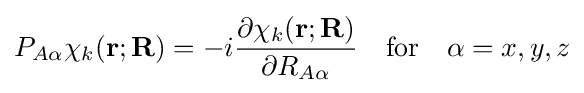
P_{A\alpha }\chi _{k}(\mathbf {r} ;\mathbf {R} )=-i{\frac {\partial \chi _{k}(\mathbf {r} ;\mathbf {R} )}{\partial R_{A\alpha }}}\quad {\text{for}}\quad \alpha =x,y,z